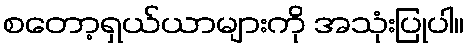
စတော့ရှယ်ယာများကို အသုံးပြုပါ။